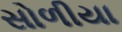
સોળીયા